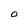
Character: 0